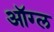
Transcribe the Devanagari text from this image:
ऑग्ल